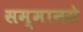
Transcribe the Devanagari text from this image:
सम्मानसे